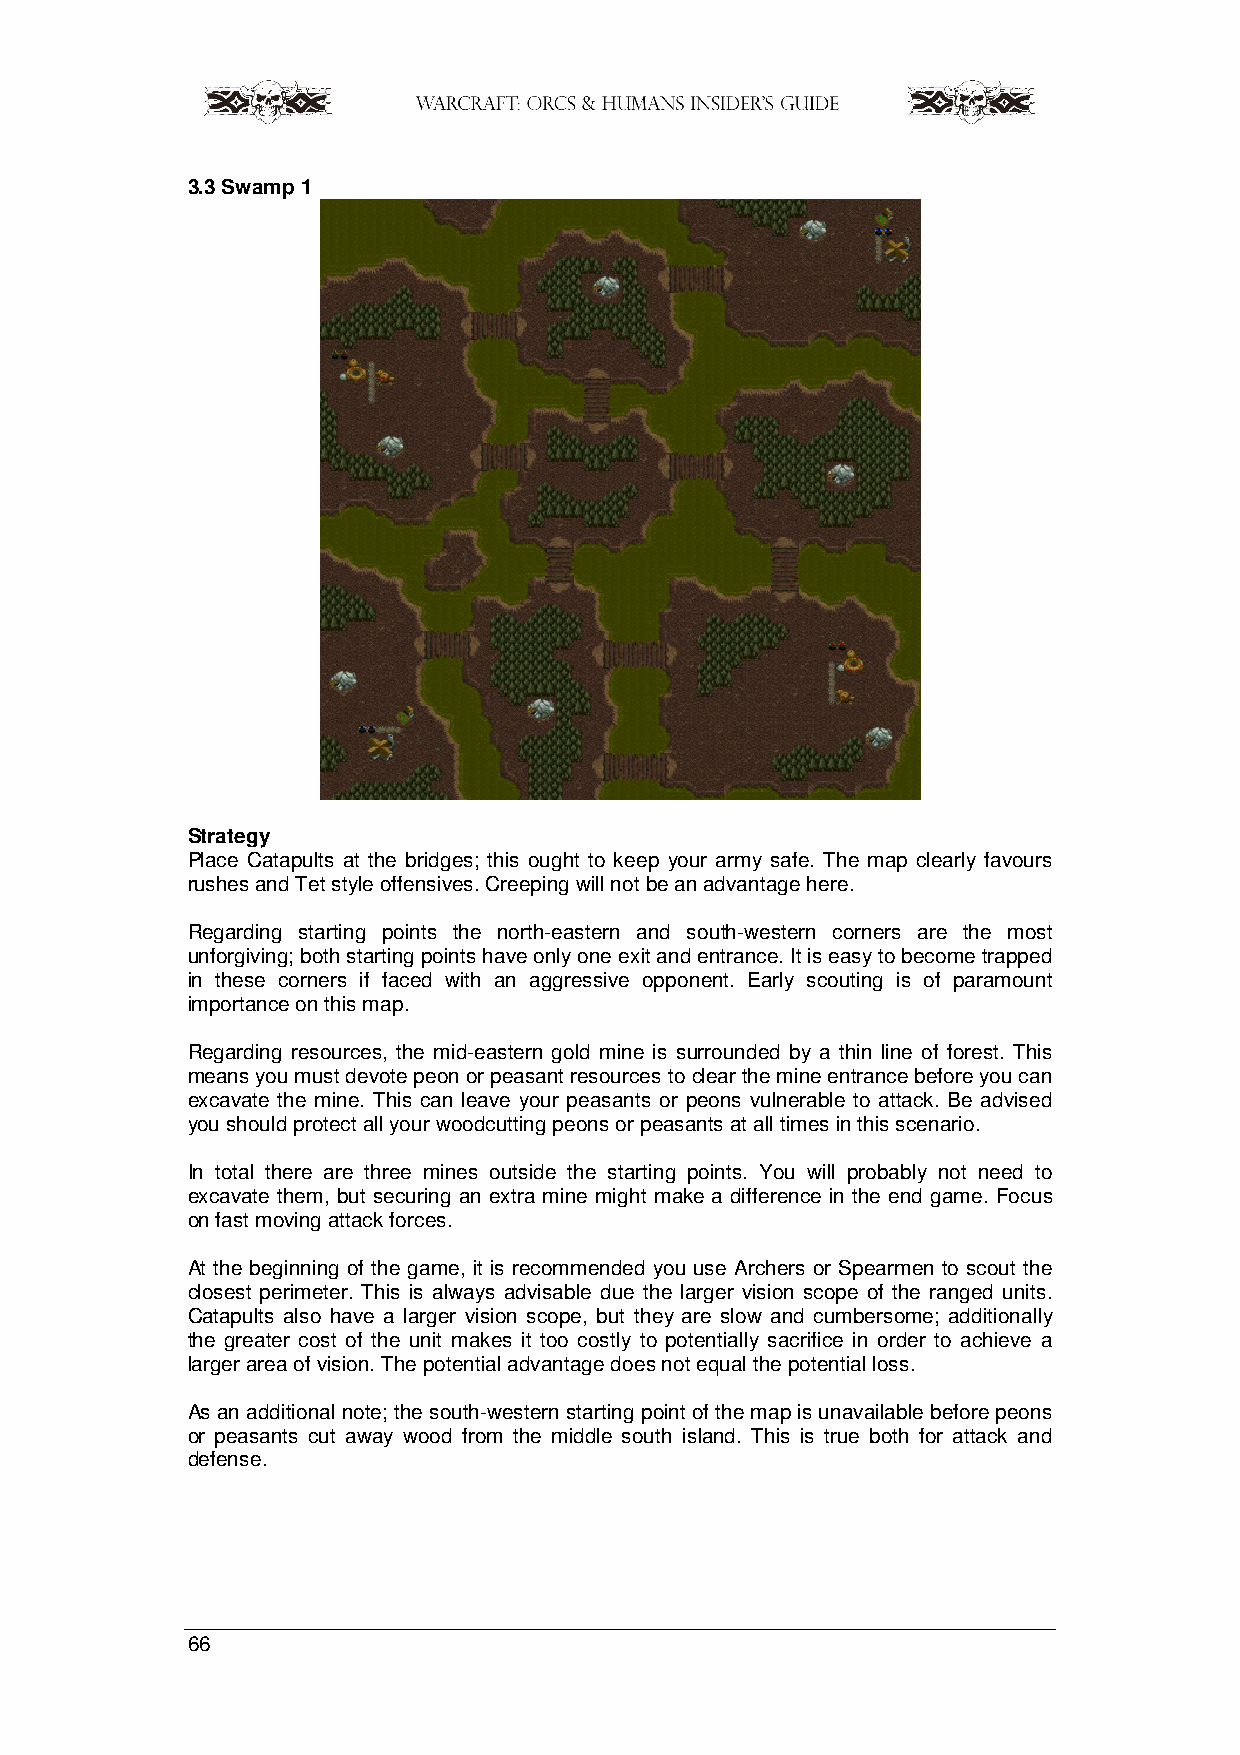
3.3 Swamp 1
 Strategy
 Place Catapults at the bridges; this ought to keep your army safe. The map clearly favours
 rushes and Tet style offensives. Creeping will not be an advantage here.
 Regarding starting points the north-eastern and south-western corners are the most
 unforgiving; both starting points have only one exit and entrance. It is easy to become trapped
 in these corners if faced with an aggressive opponent. Early scouting is of paramount
 importance on this map.
 Regarding resources, the mid-eastern gold mine is surrounded by a thin line of forest. This
 means you must devote peon or peasant resources to clear the mine entrance before you can
 excavate the mine. This can leave your peasants or peons vulnerable to attack. Be advised
 you should protect all your woodcutting peons or peasants at all times in this scenario.
 In total there are three mines outside the starting points. You will probably not need to
 excavate them, but securing an extra mine might make a difference in the end game. Focus
 on fast moving attack forces.
 At the beginning of the game, it is recommended you use Archers or Spearmen to scout the
 closest perimeter. This is always advisable due the larger vision scope of the ranged units.
 Catapults also have a larger vision scope, but they are slow and cumbersome; additionally
 the greater cost of the unit makes it too costly to potentially sacrifice in order to achieve a
 larger area of vision. The potential advantage does not equal the potential loss.
 As an additional note; the south-western starting point of the map is unavailable before peons
 or peasants cut away wood from the middle south island. This is true both for attack and
 defense.
 66